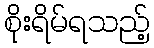
စိုးရိမ်ရသည့်